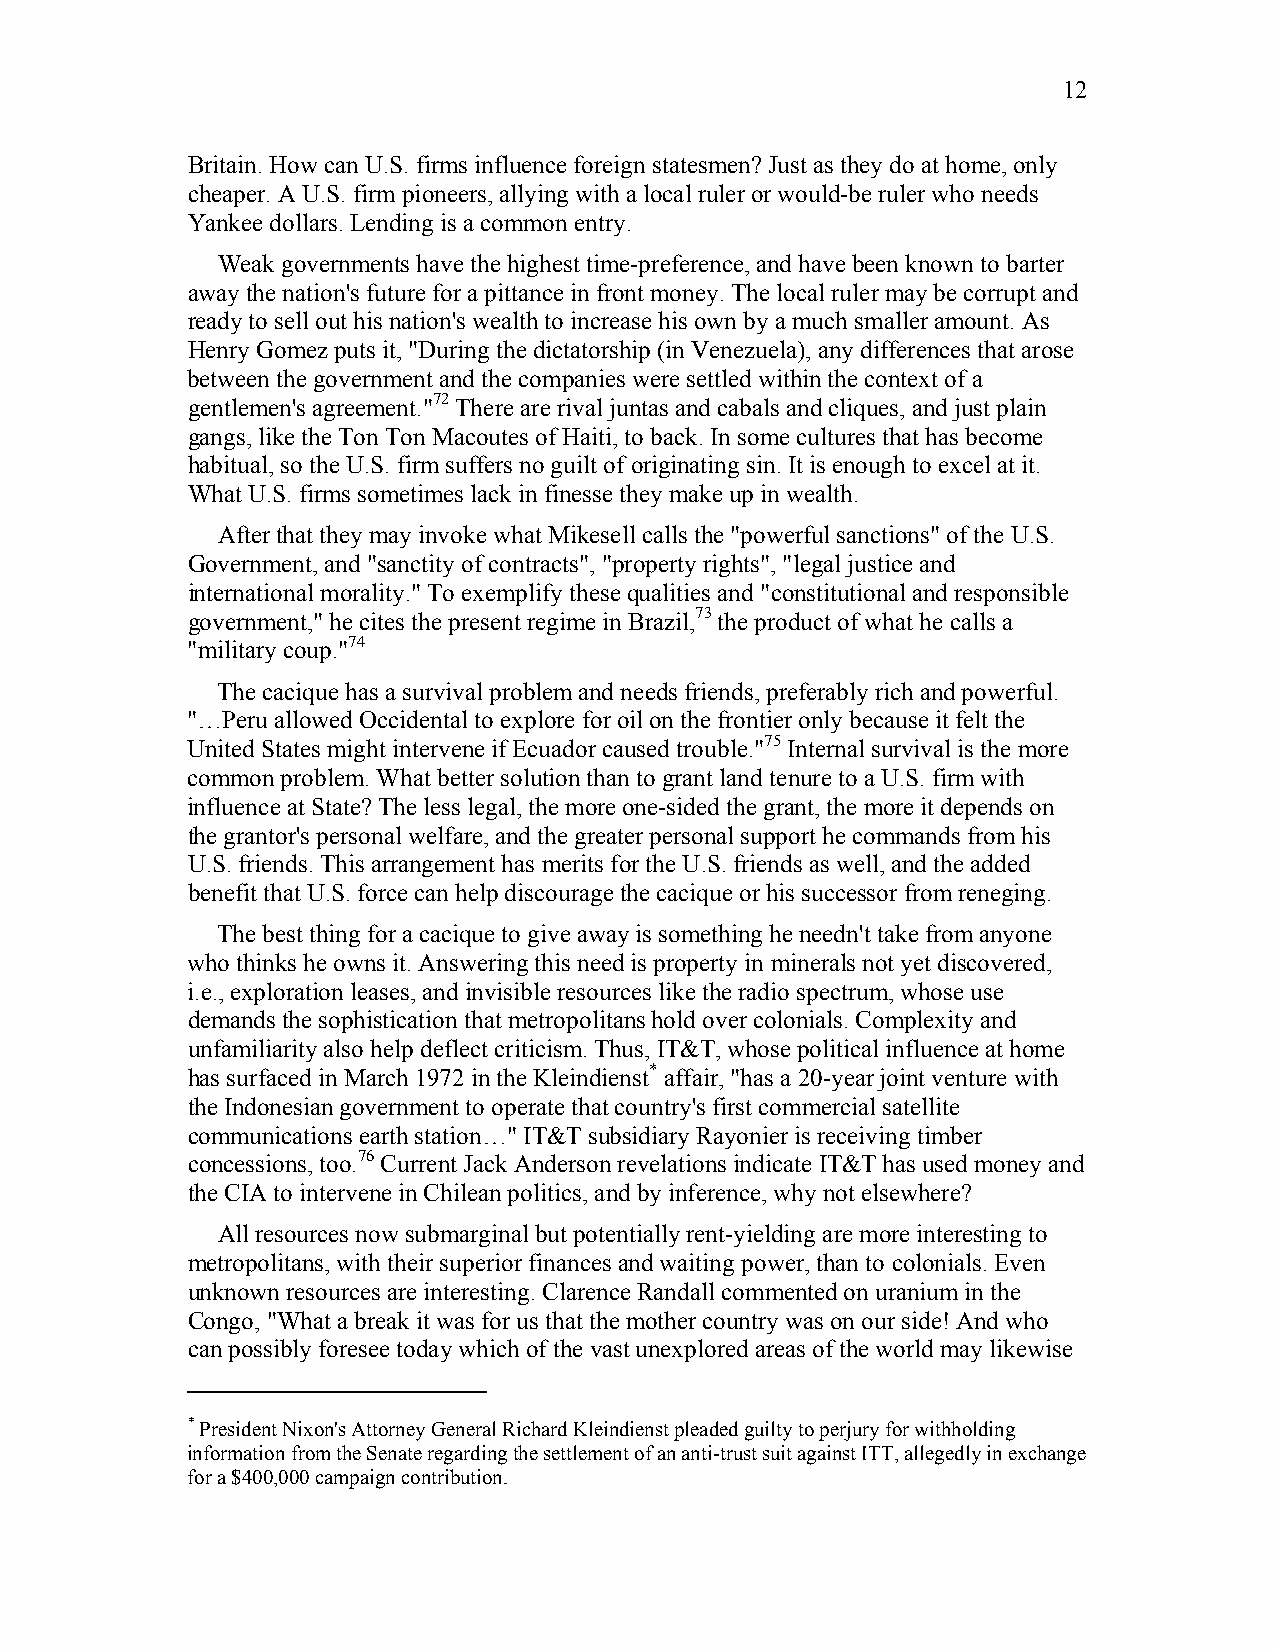
12
 Britain. How can U.S. firms influence foreign statesmen? Just as they do at home, only
 cheaper. A U.S. firm pioneers, allying with a local ruler or would-be ruler who needs
 Yankee dollars. Lending is a common entry.
 Weak governments have the highest time-preference, and have been known to barter
 away the nation's future for a pittance in front money. The local ruler may be corrupt and
 ready to sell out his nation's wealth to increase his own by a much smaller amount. As
 Henry Gomez puts it, "During the dictatorship (in Venezuela), any differences that arose
 between the government and the companies were settled within the context of a
 gentlemen's agreement."72 There are rival juntas and cabals and cliques, and just plain
 gangs, like the Ton Ton Macoutes of Haiti, to back. In some cultures that has become
 habitual, so the U.S. firm suffers no guilt of originating sin. It is enough to excel at it.
 What U.S. firms sometimes lack in finesse they make up in wealth.
 After that they may invoke what Mikesell calls the "powerful sanctions" of the U.S.
 Government, and "sanctity of contracts", "property rights", "legal justice and
 international morality." To exemplify these qualities and "constitutional and responsible
 government," he cites the present regime in Brazil,73 the product of what he calls a
 "military coup."74
 The cacique has a survival problem and needs friends, preferably rich and powerful.
 "…Peru allowed Occidental to explore for oil on the frontier only because it felt the
 United States might intervene if Ecuador caused trouble."75 Internal survival is the more
 common problem. What better solution than to grant land tenure to a U.S. firm with
 influence at State? The less legal, the more one-sided the grant, the more it depends on
 the grantor's personal welfare, and the greater personal support he commands from his
 U.S. friends. This arrangement has merits for the U.S. friends as well, and the added
 benefit that U.S. force can help discourage the cacique or his successor from reneging.
 The best thing for a cacique to give away is something he needn't take from anyone
 who thinks he owns it. Answering this need is property in minerals not yet discovered,
 i.e., exploration leases, and invisible resources like the radio spectrum, whose use
 demands the sophistication that metropolitans hold over colonials. Complexity and
 unfamiliarity also help deflect criticism. Thus, IT&T, whose political influence at home
 has surfaced in March 1972 in the Kleindienst* affair, "has a 20-year joint venture with
 the Indonesian government to operate that country's first commercial satellite
 communications earth station…" IT&T subsidiary Rayonier is receiving timber
 concessions, too.76 Current Jack Anderson revelations indicate IT&T has used money and
 the CIA to intervene in Chilean politics, and by inference, why not elsewhere?
 All resources now submarginal but potentially rent-yielding are more interesting to
 metropolitans, with their superior finances and waiting power, than to colonials. Even
 unknown resources are interesting. Clarence Randall commented on uranium in the
 Congo, "What a break it was for us that the mother country was on our side! And who
 can possibly foresee today which of the vast unexplored areas of the world may likewise
 * President Nixon's Attorney General Richard Kleindienst pleaded guilty to perjury for withholding
 information from the Senate regarding the settlement of an anti-trust suit against ITT, allegedly in exchange
 for a $400,000 campaign contribution.